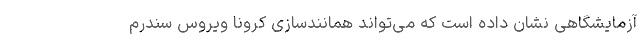
آزمایشگاهی نشان داده است که می‌تواند همانندسازی کرونا ویروس سندرم